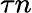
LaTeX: \tau n